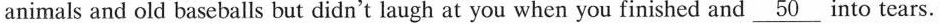
animals and old baseballs but didn't laugh at you when you finished and \underline{50} into tears.